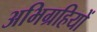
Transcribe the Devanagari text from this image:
अभिग्रहियों